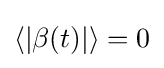
\langle \left\vert \beta (t)\right\vert \rangle =0